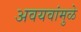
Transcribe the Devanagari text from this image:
अवयवांमुळे